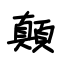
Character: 顛